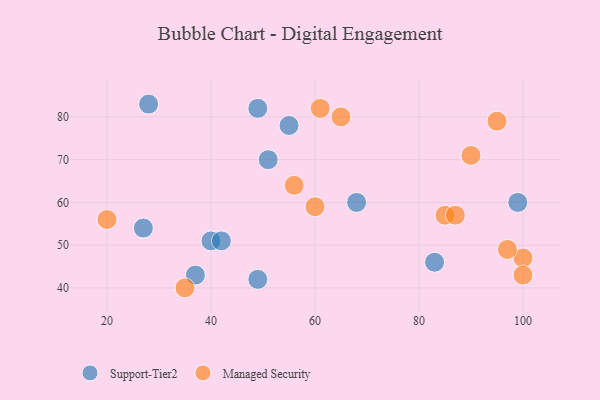
{"axis": {"x": "GDP", "y": "Life Expectancy"}, "legend": ["Managed Security", "Support-Tier2"], "data": [{"x": "83", "y": 46, "type": "Support-Tier2"}, {"x": "49", "y": 82, "type": "Support-Tier2"}, {"x": "27", "y": 54, "type": "Support-Tier2"}, {"x": "68", "y": 60, "type": "Support-Tier2"}, {"x": "51", "y": 70, "type": "Support-Tier2"}, {"x": "37", "y": 43, "type": "Support-Tier2"}, {"x": "40", "y": 51, "type": "Support-Tier2"}, {"x": "99", "y": 60, "type": "Support-Tier2"}, {"x": "55", "y": 78, "type": "Support-Tier2"}, {"x": "42", "y": 51, "type": "Support-Tier2"}, {"x": "28", "y": 83, "type": "Support-Tier2"}, {"x": "49", "y": 42, "type": "Support-Tier2"}, {"x": "90", "y": 71, "type": "Managed Security"}, {"x": "100", "y": 47, "type": "Managed Security"}, {"x": "95", "y": 79, "type": "Managed Security"}, {"x": "56", "y": 64, "type": "Managed Security"}, {"x": "20", "y": 56, "type": "Managed Security"}, {"x": "35", "y": 40, "type": "Managed Security"}, {"x": "85", "y": 57, "type": "Managed Security"}, {"x": "87", "y": 57, "type": "Managed Security"}, {"x": "61", "y": 82, "type": "Managed Security"}, {"x": "97", "y": 49, "type": "Managed Security"}, {"x": "65", "y": 80, "type": "Managed Security"}, {"x": "100", "y": 43, "type": "Managed Security"}, {"x": "60", "y": 59, "type": "Managed Security"}]}